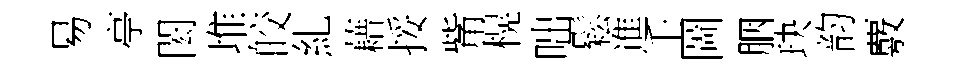
易亭閎堆皎糺藉挼觜榥咄鬆進壬圖胭玦韵覈